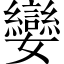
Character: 孌